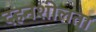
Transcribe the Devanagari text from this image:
दहनशीलता